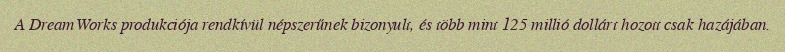
A DreamWorks produkciója rendkívül népszerűnek bizonyult, és több mint 125 millió dollárt hozott csak hazájában.